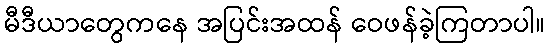
မီဒီယာတွေကနေ အပြင်းအထန် ဝေဖန်ခဲ့ကြတာပါ။